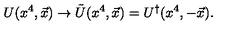
U ( x ^ { 4 } , \vec { x } ) \rightarrow \tilde { U } ( x ^ { 4 } , \vec { x } ) = U ^ { \dagger } ( x ^ { 4 } , - \vec { x } ) .